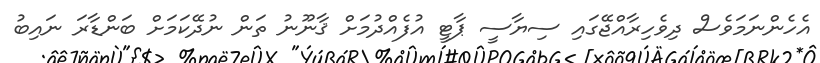
އެހެންނަމަވެސް ދިވެހިރާއްޖޭގައި ސިޔާސީ ޕާޓީ އުފެއްދުމަށް ޤާނޫނު ތަން ނުދޭކަމަށް ބަންޑާރަ ނައިބު